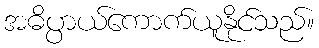
အဓိပ္ပာယ်ကောက်ယူနိုင်သည်။